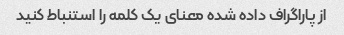
از پاراگراف داده شده معنای یک کلمه را استنباط کنید